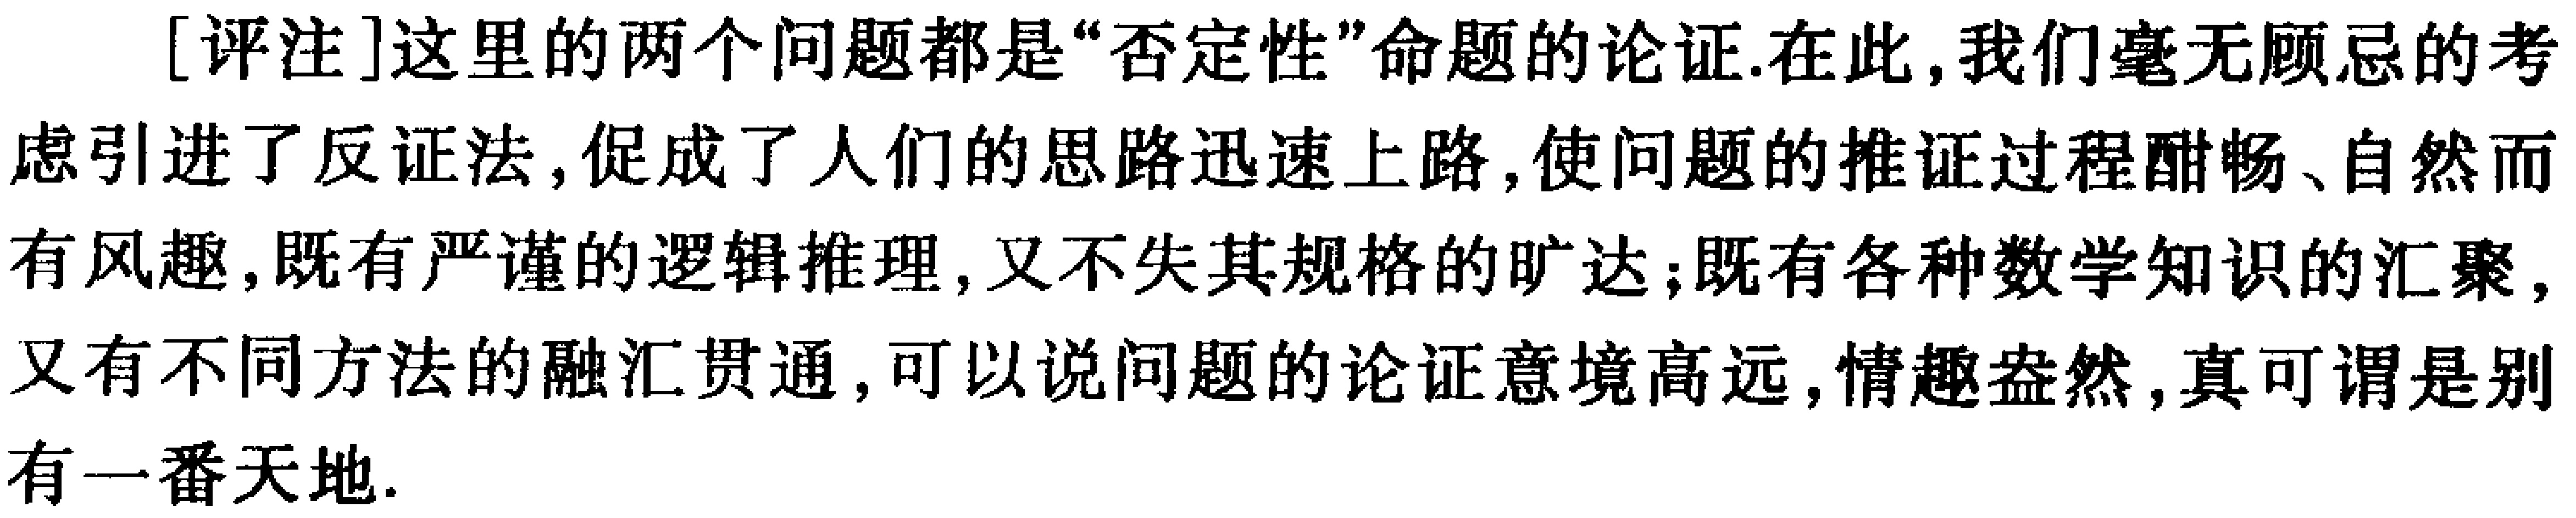
[评注]这里的两个问题都是“否定性”命题的论证.在此,我们毫无顾忌的考虑引进了反证法,促成了人们的思路迅速上路,使问题的推证过程酣畅、自然而有风趣,既有严谨的逻辑推理,又不失其规格的旷达;既有各种数学知识的汇聚,又有不同方法的融汇贯通,可以说问题的论证意境高远,情趣盎然,真可谓是别有一番天地.